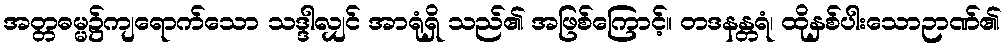
အတ္တဓမ္မ၌ကျရောက်သော သဒ္ဒါလျှင် အာရုံရှိ သည်၏ အဖြစ်ကြောင့်။ တဒနန္တရံ၊ ထိုနှစ်ပါးသောဉာဏ်၏